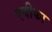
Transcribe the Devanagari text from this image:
एवीका